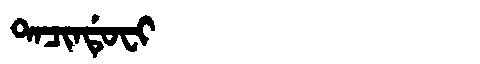
Manchu: ᡨᠠᠴᡳᠨᡩᡠᠸᡳ
Romanization: TACINDUFI